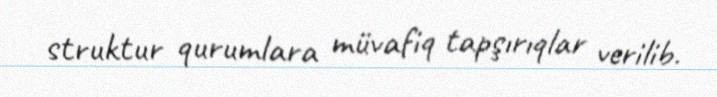
struktur qurumlara müvafiq tapşırıqlar verilib.